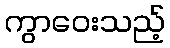
ကွာဝေးသည့်